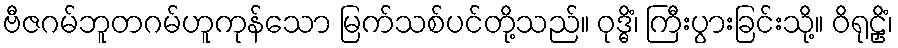
ဗီဇဂမ်ဘူတဂမ်ဟူကုန်သော မြက်သစ်ပင်တို့သည်။ ဝုဒ္ဓိံ၊ ကြီးပွားခြင်းသို့။ ဝိရုဠှိံ၊